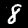
Digit: 8